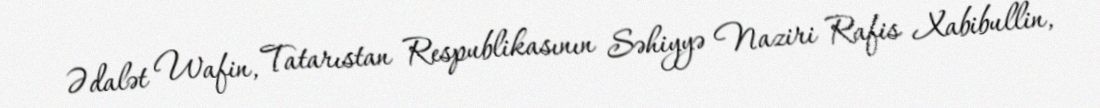
Ədalət Wafin, Tatarıstan Respublikasının Səhiyyə Naziri Rafis Xabibullin,